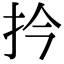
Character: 扲